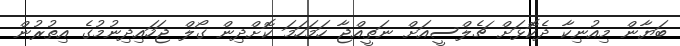
ބަޔާން މިއުނިކާ ދެކޮޅަށް ޗެލްސީއަށް ނަތީއްޖާ ހަމަހަމަ ކޮށްދިން ގޯލް ޖަހައިދިނުމުގެ އިތުރުން